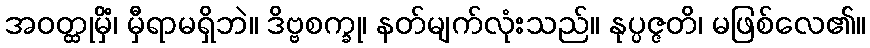
အဝတ္ထုမှိံ၊ မှီရာမရှိဘဲ။ ဒိဗ္ဗစက္ခု၊ နတ်မျက်လုံးသည်။ နုပ္ပဇ္ဇတိ၊ မဖြစ်လေ၏။